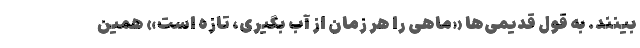
‌بینند. به قول قدیمی‌ها «ماهی را هر زمان از آب بگیری، تازه است» همین